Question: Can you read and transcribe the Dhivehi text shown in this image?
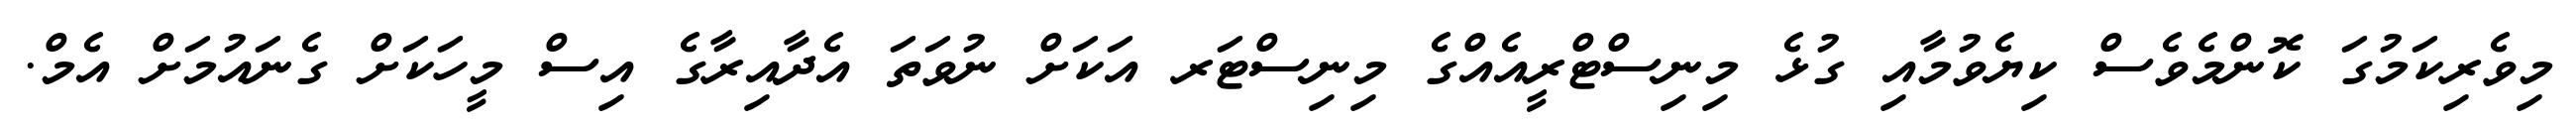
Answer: މިވެރިކަމުގަ ކޮންމެވެސް ކިޔެވުމާއި ގުޅެ މިނިސްޓްރީއެއްގެ މިނިސްޓަރ އަކަށް ނުވަތަ އެދާއިރާގެ އިސް މީހަކަށް ގެނައުމަށް އެމް.